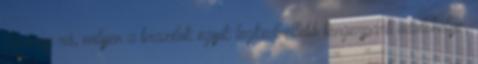
Kíváncsi rá, milyen a brazilok egyik legkedveltebb tengerparti üdülőhelye,